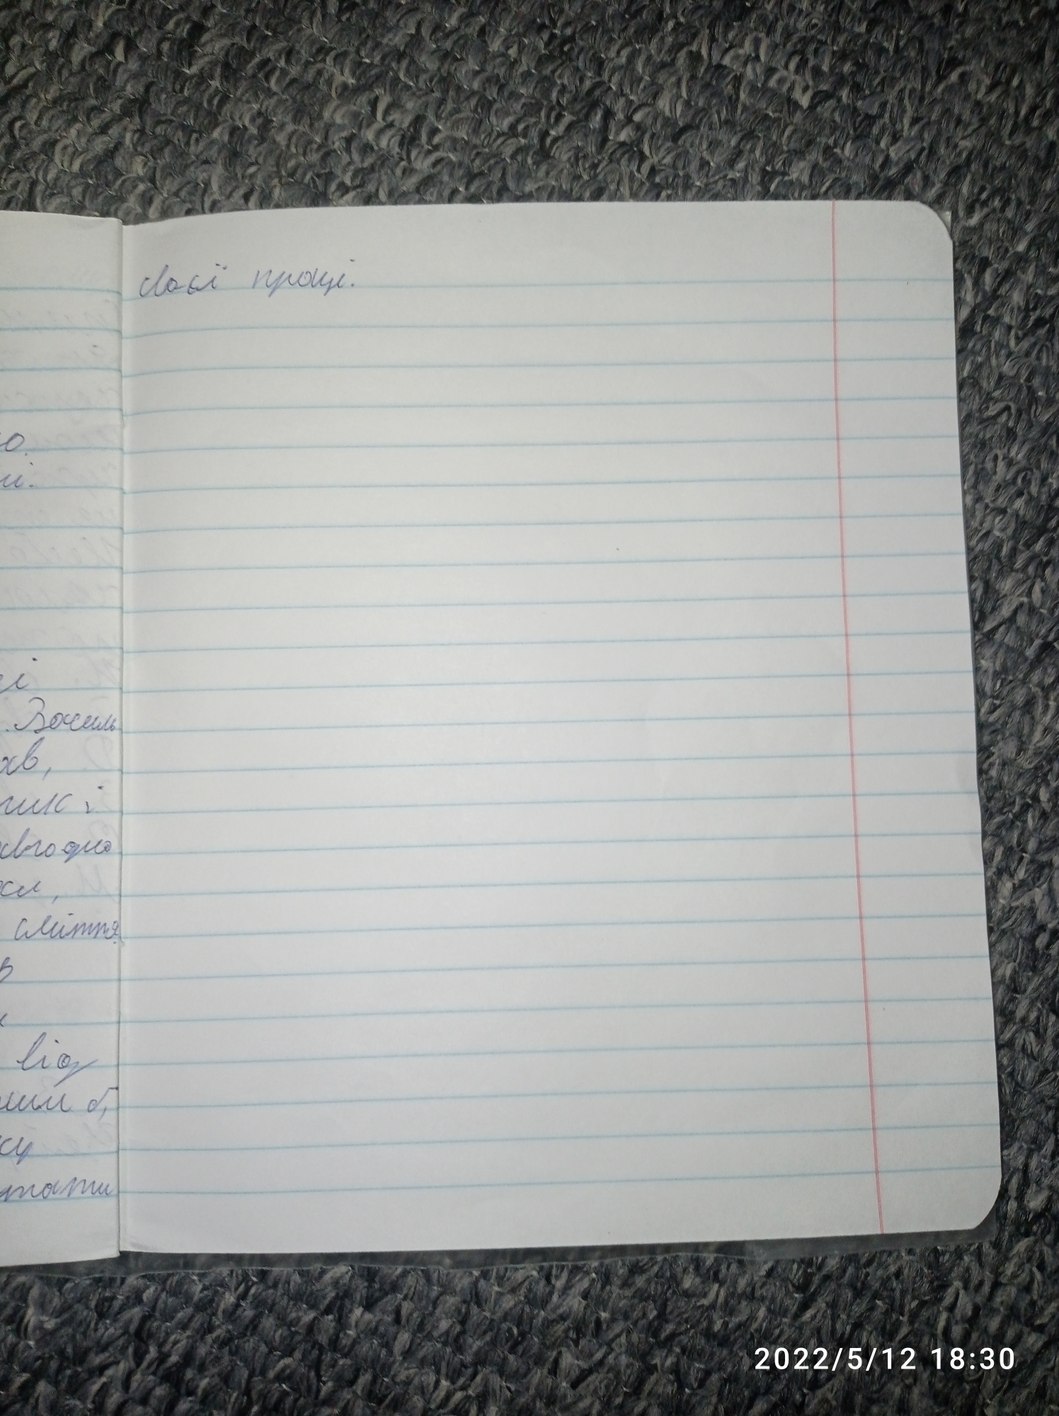
своєї праці.
i
Захочешь
xb,
ruc,
otro que
Cat,
сміття
s
lioy
ший б,
cy
утами